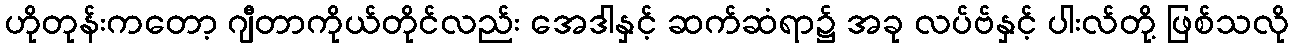
ဟိုတုန်းကတော့ ဂျီတာကိုယ်တိုင်လည်း အေဒါနှင့် ဆက်ဆံရာ၌ အခု လပ်ဗ်နှင့် ပါးလ်တို့ ဖြစ်သလို